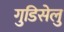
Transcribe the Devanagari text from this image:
गुडिसेलु